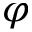
\varphi